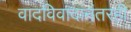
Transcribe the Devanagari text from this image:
वादविवादांनंतरही